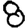
Digit: 8